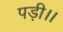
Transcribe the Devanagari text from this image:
पड़ी।।